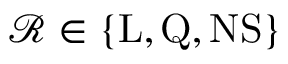
\mathcal { R } \in \{ \mathrm { L } , \mathrm { Q } , \mathrm { N S } \}